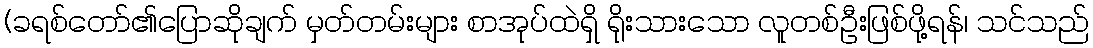
(ခရစ်တော်၏ပြောဆိုချက် မှတ်တမ်းများ စာအုပ်ထဲရှိ ရိုးသားသော လူတစ်ဦးဖြစ်ဖို့ရန်၊ သင်သည်